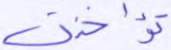
تؤاخذني